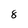
Character: 8